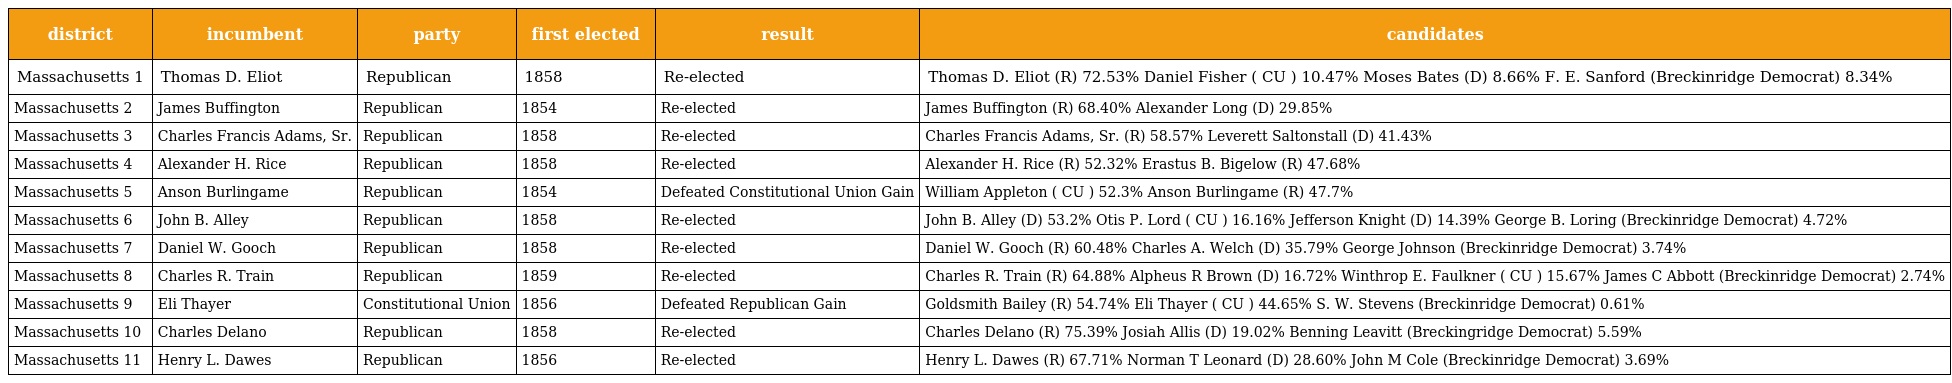
| district | incumbent | party | first elected | result | candidates |
 | --- | --- | --- | --- | --- | --- |
 | Massachusetts 1 | Thomas D. Eliot | Republican | 1858 | Re-elected | Thomas D. Eliot (R) 72.53% Daniel Fisher ( CU ) 10.47% Moses Bates (D) 8.66% F. E. Sanford (Breckinridge Democrat) 8.34% |
 | Massachusetts 2 | James Buffington | Republican | 1854 | Re-elected | James Buffington (R) 68.40% Alexander Long (D) 29.85% |
 | Massachusetts 3 | Charles Francis Adams, Sr. | Republican | 1858 | Re-elected | Charles Francis Adams, Sr. (R) 58.57% Leverett Saltonstall (D) 41.43% |
 | Massachusetts 4 | Alexander H. Rice | Republican | 1858 | Re-elected | Alexander H. Rice (R) 52.32% Erastus B. Bigelow (R) 47.68% |
 | Massachusetts 5 | Anson Burlingame | Republican | 1854 | Defeated Constitutional Union Gain | William Appleton ( CU ) 52.3% Anson Burlingame (R) 47.7% |
 | Massachusetts 6 | John B. Alley | Republican | 1858 | Re-elected | John B. Alley (D) 53.2% Otis P. Lord ( CU ) 16.16% Jefferson Knight (D) 14.39% George B. Loring (Breckinridge Democrat) 4.72% |
 | Massachusetts 7 | Daniel W. Gooch | Republican | 1858 | Re-elected | Daniel W. Gooch (R) 60.48% Charles A. Welch (D) 35.79% George Johnson (Breckinridge Democrat) 3.74% |
 | Massachusetts 8 | Charles R. Train | Republican | 1859 | Re-elected | Charles R. Train (R) 64.88% Alpheus R Brown (D) 16.72% Winthrop E. Faulkner ( CU ) 15.67% James C Abbott (Breckinridge Democrat) 2.74% |
 | Massachusetts 9 | Eli Thayer | Constitutional Union | 1856 | Defeated Republican Gain | Goldsmith Bailey (R) 54.74% Eli Thayer ( CU ) 44.65% S. W. Stevens (Breckinridge Democrat) 0.61% |
 | Massachusetts 10 | Charles Delano | Republican | 1858 | Re-elected | Charles Delano (R) 75.39% Josiah Allis (D) 19.02% Benning Leavitt (Breckingridge Democrat) 5.59% |
 | Massachusetts 11 | Henry L. Dawes | Republican | 1856 | Re-elected | Henry L. Dawes (R) 67.71% Norman T Leonard (D) 28.60% John M Cole (Breckinridge Democrat) 3.69% |